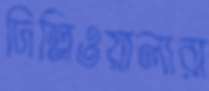
দিল্লিওয়ালারা